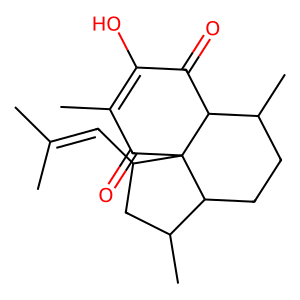
SMILES: CC(C)=CC1CC(C)C2CCC(C)C3C(=O)C(O)=C(C)C(=O)C123
Inhibits HIV replication: No